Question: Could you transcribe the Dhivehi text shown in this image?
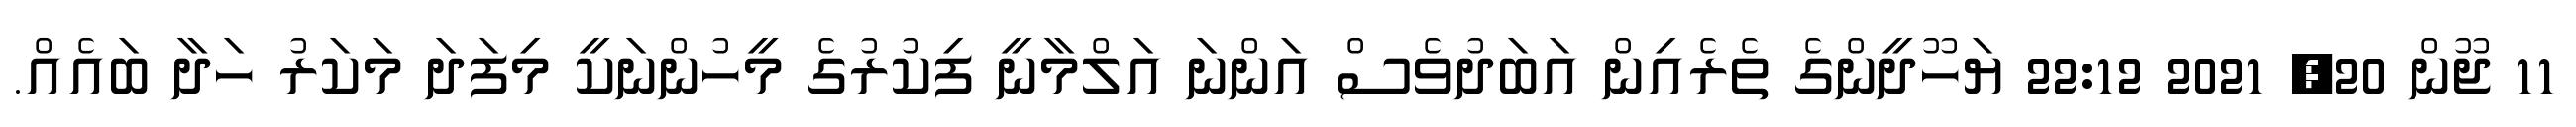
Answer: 11 ޖޫން 20, 2021 22:12 ޔަހޫދީންގެ ތެރެއިން އަބަދުވެސް އަންނަ އަލްމާނީ ފިކުރުގެ މީހުންނަކީ މިފަދަ މަކަރު ހަދާ ބައެއް.